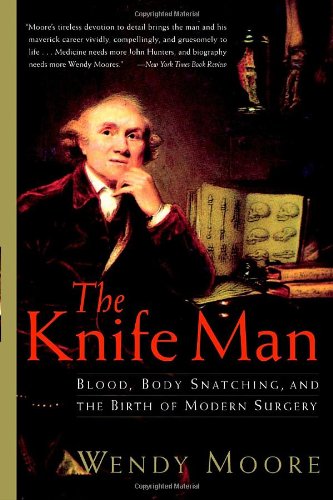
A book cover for The Knife Man: Blood, Body Snatching, and the Birth of Modern Surgery; Wendy Moore; Medical Books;